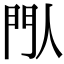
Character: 閄